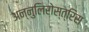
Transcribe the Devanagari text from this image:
अन्नुलिरोस्त्रिस